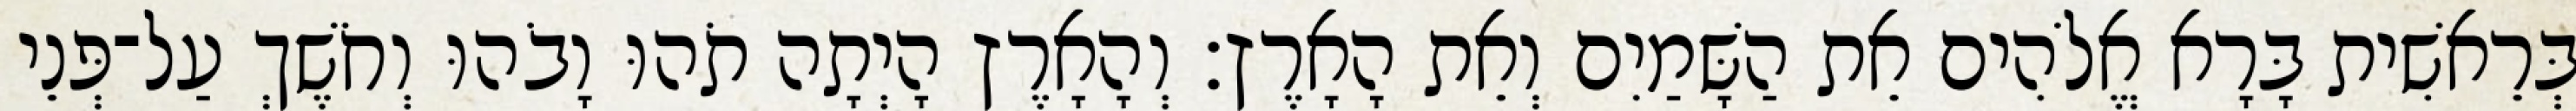
בְּרֵאשִׁית בָּרָא אֱלֹהִים אֵת הַשָּׁמַיִם וְאֵת הָאָרֶץ׃ וְהָאָרֶץ הָיְתָה תֹהוּ וָבֹהוּ וְחֹשֶׁךְ עַל־פְּנֵי